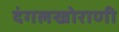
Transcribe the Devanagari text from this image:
दंगलखोराणी